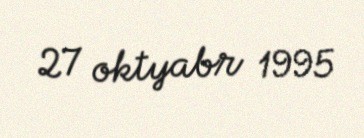
27 oktyabr 1995